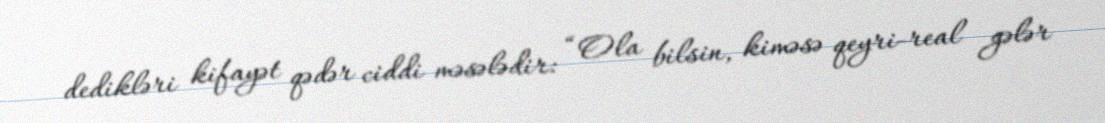
dedikləri kifayət qədər ciddi məsələdir: “Ola bilsin, kiməsə qeyri-real gələr